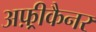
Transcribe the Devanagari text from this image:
अफ़्रीकैनर